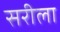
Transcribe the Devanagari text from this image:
सरीला